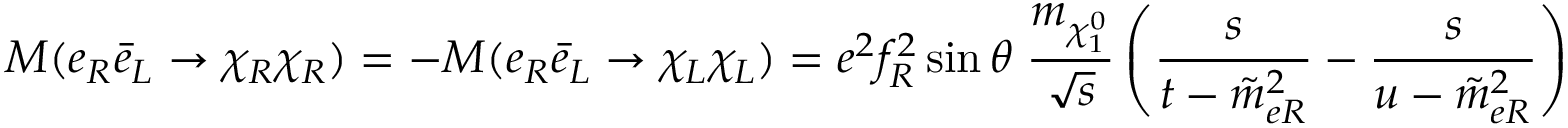
{ \cal M } ( e _ { R } \bar { e } _ { L } \to \chi _ { R } \chi _ { R } ) = - { \cal M } ( e _ { R } \bar { e } _ { L } \to \chi _ { L } \chi _ { L } ) = e ^ { 2 } f _ { R } ^ { 2 } \sin \theta \; { \frac { m _ { \chi _ { 1 } ^ { 0 } } } { \sqrt s } } \left( { \frac { s } { t - \tilde { m } _ { e R } ^ { 2 } } } - { \frac { s } { u - \tilde { m } _ { e R } ^ { 2 } } } \right)